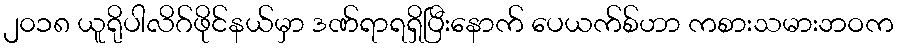
၂၀၁၈ ယူရိုပါလိဂ်ဖိုင်နယ်မှာ ဒဏ်ရာရရှိပြီးနောက် ပေယက်စ်ဟာ ကစားသမားဘဝက